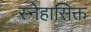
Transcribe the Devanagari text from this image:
स्नेहासिक्त